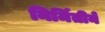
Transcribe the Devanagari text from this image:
निर्मितीने